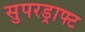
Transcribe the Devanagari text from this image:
सुपरड्राफ्ट